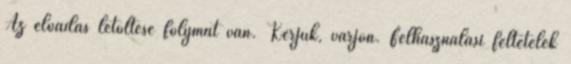
Az előadás letöltése folymat van. Kérjük, várjon. Felhasználási feltételek